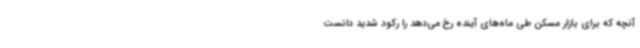
آنچه که برای بازار مسکن طی ماه‌های آینده رخ می‌دهد را رکود شدید دانست